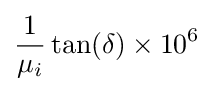
{\frac {1}{\mu _{i}}}\tan(\delta )\times 10^{6}